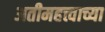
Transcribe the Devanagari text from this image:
अतीमहत्त्वाच्या